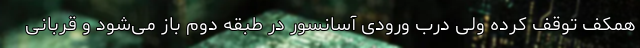
همکف توقف کرده ولی درب ورودی آسانسور در طبقه دوم باز می‌شود و قربانی